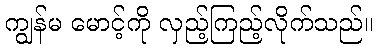
ကျွန်မ မောင့်ကို လှည့်ကြည့်လိုက်သည်။